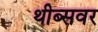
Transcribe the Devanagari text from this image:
थीब्सवर